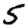
Digit: 5